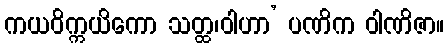
ကယဝိက္ကယိကော သတ္ထ၊ဝါဟာ’ ပဏိက ဝါဏိဇာ။